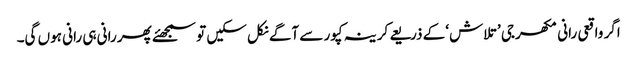
اگر واقعی رانی مکھرجی ’تلاش ‘کے ذریعے کرینہ کپور سے آگے نکل سکیں تو سمجھئے پھر رانی ہی رانی ہوں گی۔